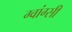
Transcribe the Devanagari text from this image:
ग्वांग्सी